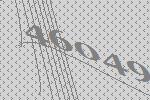
46049